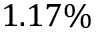
1 . 1 7 \%